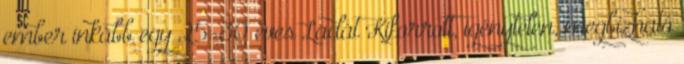
ember inkább egy 25-30 éves Ladát Kiforrott, igénytelen, megbízható